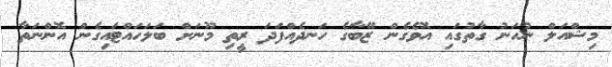
މިޝްއަލް ނުހަނު ގާތުގައި އޮވެގެން ޒޭބާގެ ހަނދެއްފަދަ ރީތި މޫނަށް ބަލަހައްޓައިގެން އޮންނަތާ